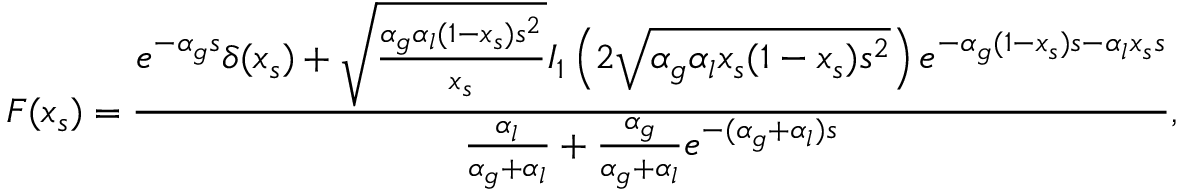
{ \cal F } ( x _ { s } ) = \frac { e ^ { - \alpha _ { g } s } \delta ( x _ { s } ) + \sqrt { \frac { \alpha _ { g } \alpha _ { l } ( 1 - x _ { s } ) s ^ { 2 } } { x _ { s } } } I _ { 1 } \left( 2 \sqrt { \alpha _ { g } \alpha _ { l } x _ { s } ( 1 - x _ { s } ) s ^ { 2 } } \right) e ^ { - \alpha _ { g } ( 1 - x _ { s } ) s - \alpha _ { l } x _ { s } s } } { \frac { \alpha _ { l } } { \alpha _ { g } + \alpha _ { l } } + \frac { \alpha _ { g } } { \alpha _ { g } + \alpha _ { l } } e ^ { - ( \alpha _ { g } + \alpha _ { l } ) s } } ,